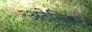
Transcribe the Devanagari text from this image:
अटेलियर